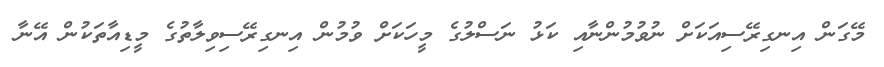
މޭގަން އިނގިރޭސިއަކަށް ނުވުމުންނާއި ކަޅު ނަސްލުގެ މީހަކަށް ވުމުން އިނގިރޭސިވިލާތުގެ މީޑިއާތަކުން އޭނާ